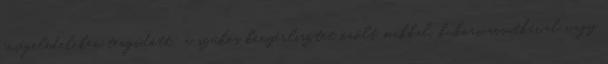
ínségeledeleken tengődött: a szűkös kenyérlisztet őrölt makkal, kukoricacsutkával vagy